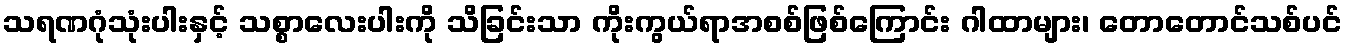
သရဏဂုံသုံးပါးနှင့် သစ္စာလေးပါးကို သိခြင်းသာ ကိုးကွယ်ရာအစစ်ဖြစ်ကြောင်း ဂါထာများ၊ တောတောင်သစ်ပင်